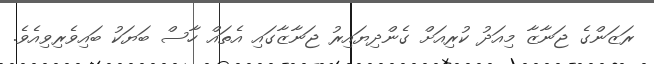
ރަޒަންގެ ޖަނާޒާ މިއަދު ކުރިއަށް ގެންދިޔައިރު ޖަނާޒާގައި އެތައް ހާސް ބަޔަކު ބައިވެރިވިއެވެ.